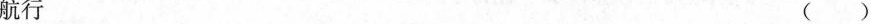
航行 ()